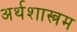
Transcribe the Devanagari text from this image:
अर्थशास्त्रम